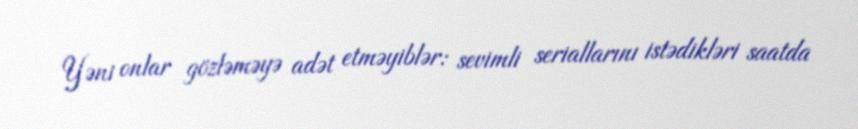
Yəni onlar gözləməyə adət etməyiblər: sevimli seriallarını istədikləri saatda